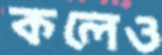
কলেও